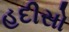
હદીસો